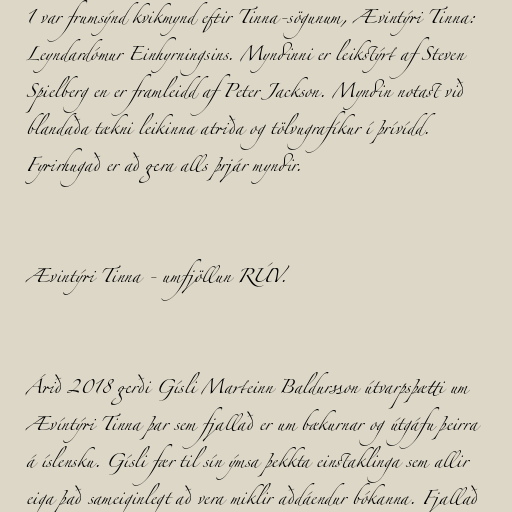
1 var frumsýnd kvikmynd eftir Tinna-sögunum, Ævintýri Tinna:
Leyndardómur Einhyrningsins. Myndinni er leikstýrt af Steven
Spielberg en er framleidd af Peter Jackson. Myndin notast við
blandaða tækni leikinna atriða og tölvugrafíkur í þrívídd.
Fyrirhugað er að gera alls þrjár myndir.

Ævintýri Tinna - umfjöllun RÚV.

Árið 2018 gerði Gísli Marteinn Baldursson útvarpsþætti um
Ævíntýri Tinna þar sem fjallað er um bækurnar og útgáfu þeirra
á íslensku. Gísli fær til sín ýmsa þekkta einstaklinga sem allir
eiga það sameiginlegt að vera miklir aðdáendur bókanna. Fjallað